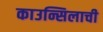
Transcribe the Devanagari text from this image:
काउन्सिलाची